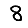
Digit: 8